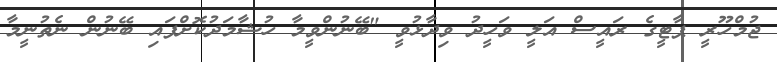
ޖުމްހޫރީ ޕާޓީގެ ރައީސް އަލީ ވަހީދު ވިދާޅުވީ "ބޭނުންވީމާ ހުޝާމަދުކޮށްފައި ބޭނުން ނެތުނީމާ